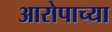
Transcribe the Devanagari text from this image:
आरोपाच्या